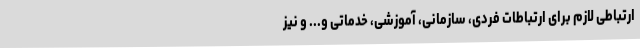
ارتباطی لازم برای ارتباطات فردی، سازمانی، آموزشی، خدماتی و... و نیز